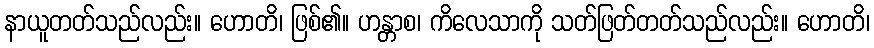
နာယူတတ်သည်လည်း။ ဟောတိ၊ ဖြစ်၏။ ဟန္တာစ၊ ကိလေသာကို သတ်ဖြတ်တတ်သည်လည်း။ ဟောတိ၊